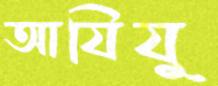
আযিযু